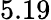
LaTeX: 5.19